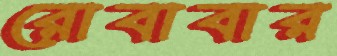
রোবাবার